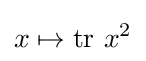
x\mapsto \mathrm {tr} ~x^{2}